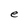
Character: e